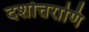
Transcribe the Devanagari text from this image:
दशोत्तराणि